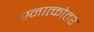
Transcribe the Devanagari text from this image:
स्नात्कोतर